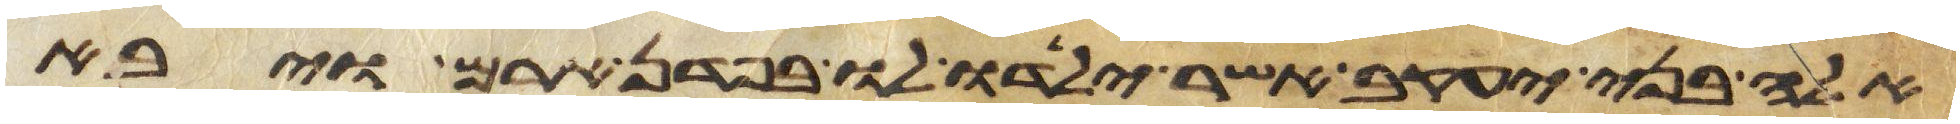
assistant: אלה בני יעקב אשר ילדו לו בפדן ארם ויבא